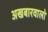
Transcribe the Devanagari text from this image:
अखबारवालो